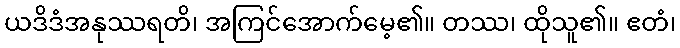
ယဒိဒံအနုဿရတိ၊ အကြင်အောက်မေ့၏။ တဿ၊ ထိုသူ၏။ ဧတံ၊